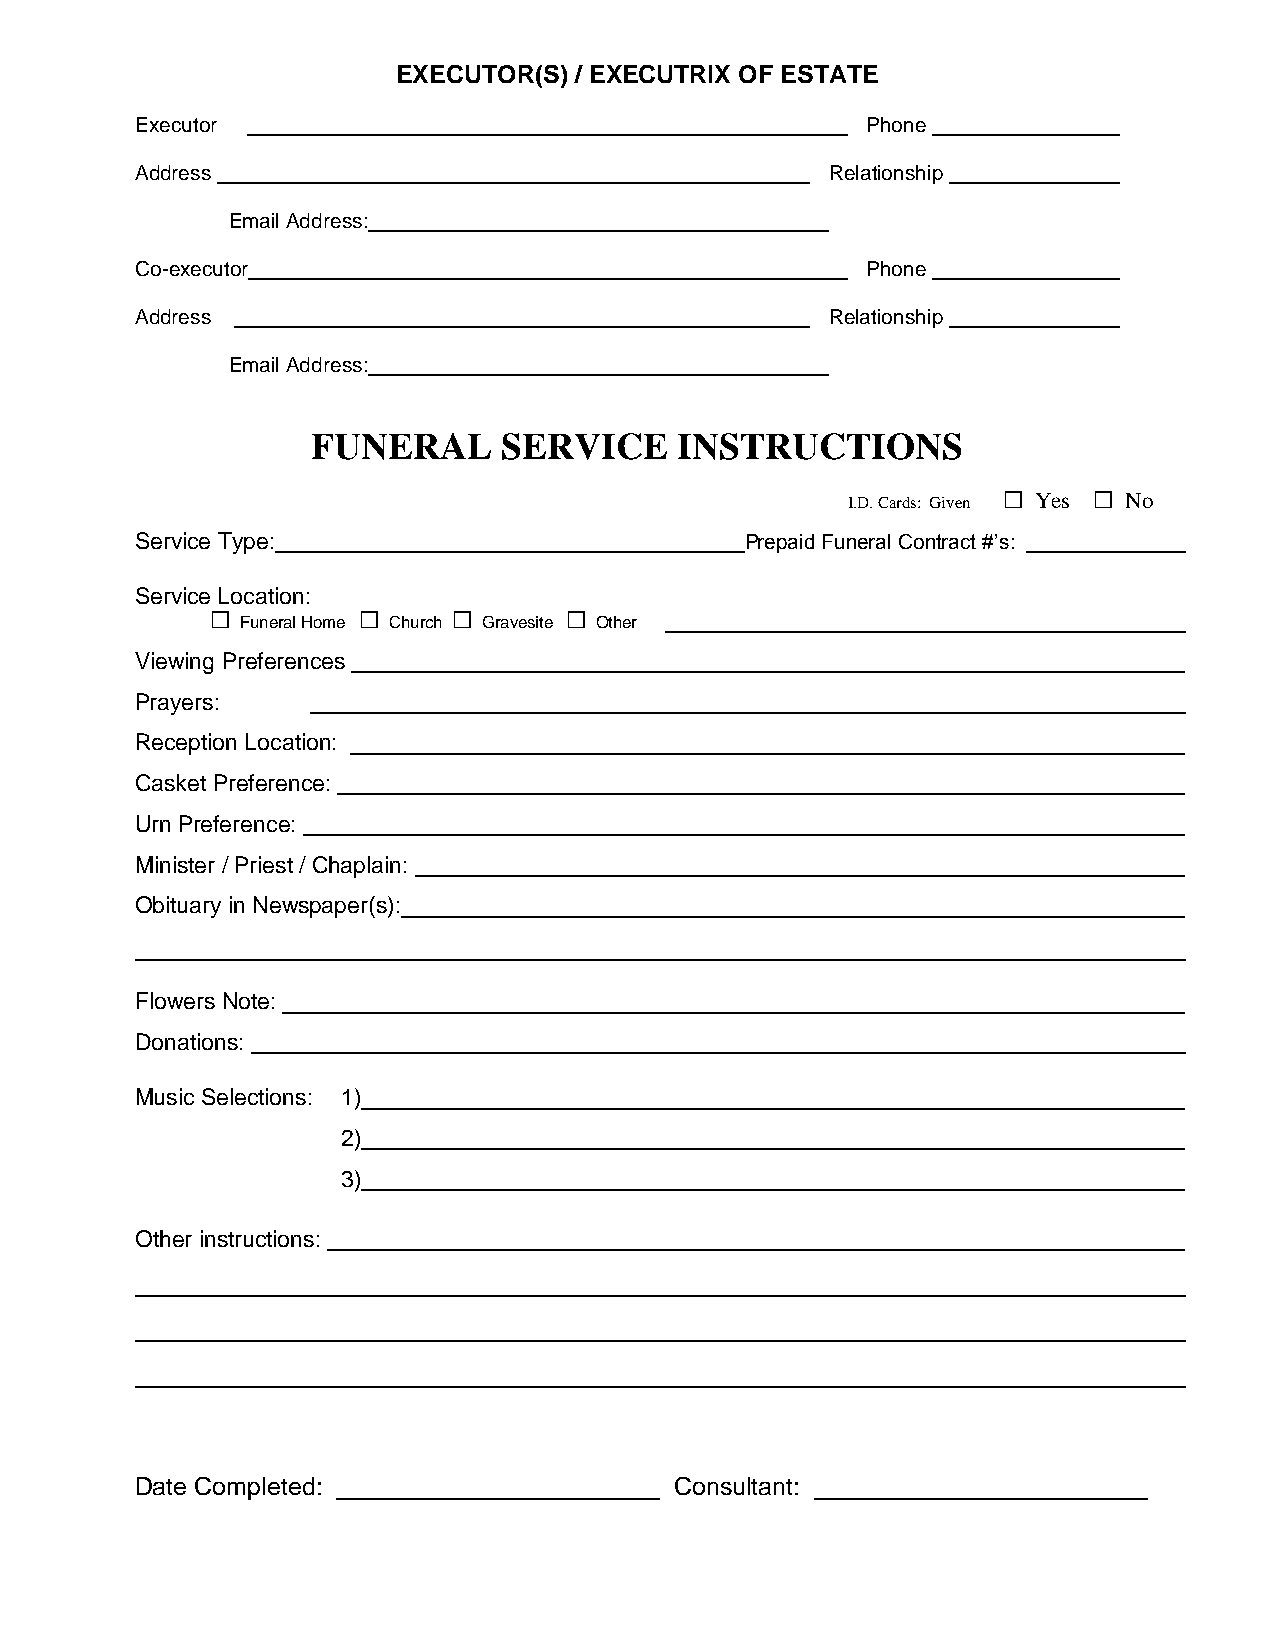
EXECUTOR(S) / EXECUTRIX OF ESTATE
 Executor                                        Phone
 Address                                       Relationship
 Email Address:
 Co-executor                                     Phone
 Address                                       Relationship
 Email Address:
 FUNERAL     SERVICE     INSTRUCTIONS
 I.D. Cards: Given  Yes  No
 Service Type:                           Prepaid Funeral Contract #’s:
 Service Location:
  Funeral Home  Church  Gravesite  Other
 Viewing Preferences
 Prayers:
 Reception Location:
 Casket Preference:
 Urn Preference:
 Minister / Priest / Chaplain:
 Obituary in Newspaper(s):
 Flowers Note:
 Donations:
 Music Selections: 1)
 2)
 3)
 Other instructions:
 Date Completed:                     Consultant: